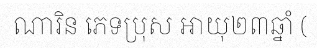
ណារិន ភេទប្រុស អាយុ២៣ឆ្នាំ (